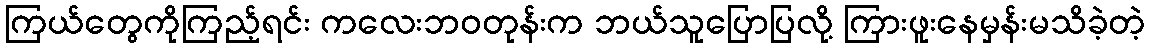
ကြယ်တွေကိုကြည့်ရင်း ကလေးဘဝတုန်းက ဘယ်သူပြောပြလို့ ကြားဖူးနေမှန်းမသိခဲ့တဲ့